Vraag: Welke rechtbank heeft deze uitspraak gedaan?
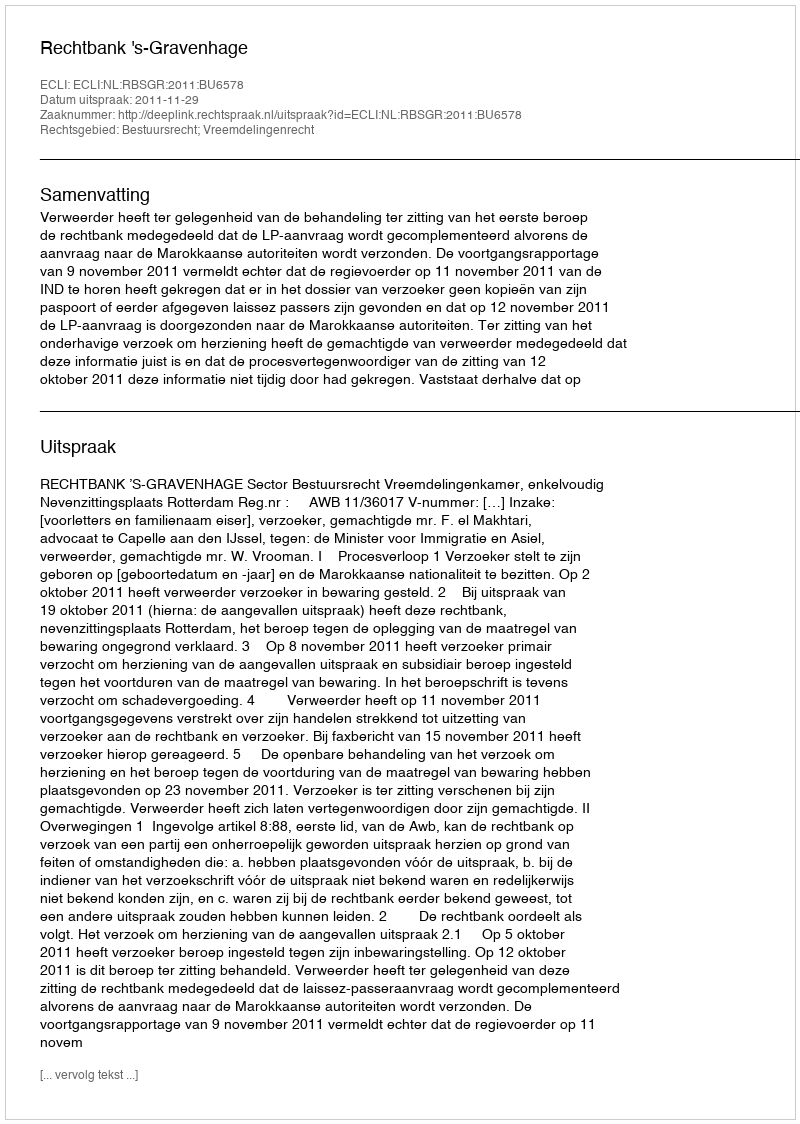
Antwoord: Rechtbank 's-Gravenhage